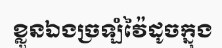
ខ្លួនឯងច្រឡំវ៉ៃដូចក្នុង